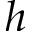
h